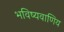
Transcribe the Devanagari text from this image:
भविष्यवाणिय